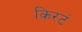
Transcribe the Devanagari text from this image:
किरटं